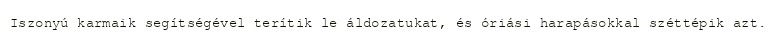
Iszonyú karmaik segítségével terítik le áldozatukat, és óriási harapásokkal széttépik azt.